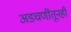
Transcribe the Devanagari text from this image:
अडचणींतूनही